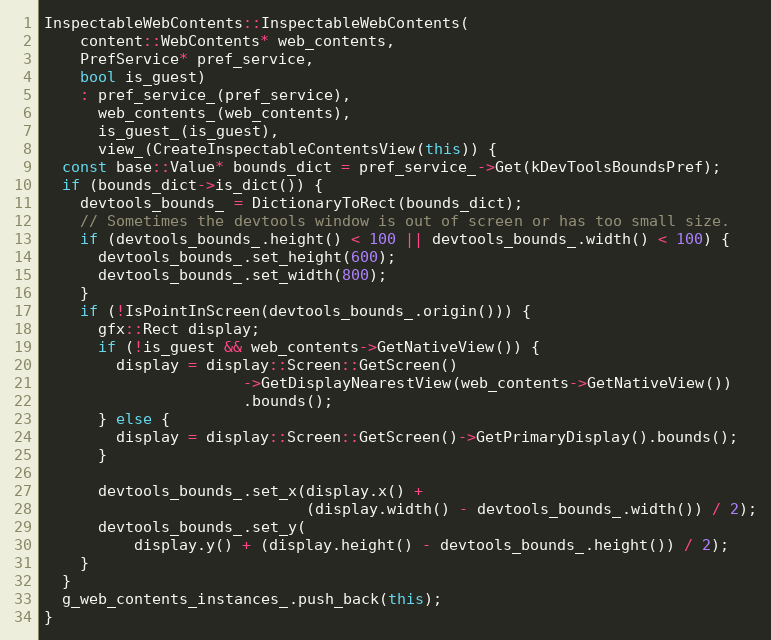
Language: C++
InspectableWebContents::InspectableWebContents(
    content::WebContents* web_contents,
    PrefService* pref_service,
    bool is_guest)
    : pref_service_(pref_service),
      web_contents_(web_contents),
      is_guest_(is_guest),
      view_(CreateInspectableContentsView(this)) {
  const base::Value* bounds_dict = pref_service_->Get(kDevToolsBoundsPref);
  if (bounds_dict->is_dict()) {
    devtools_bounds_ = DictionaryToRect(bounds_dict);
    // Sometimes the devtools window is out of screen or has too small size.
    if (devtools_bounds_.height() < 100 || devtools_bounds_.width() < 100) {
      devtools_bounds_.set_height(600);
      devtools_bounds_.set_width(800);
    }
    if (!IsPointInScreen(devtools_bounds_.origin())) {
      gfx::Rect display;
      if (!is_guest && web_contents->GetNativeView()) {
        display = display::Screen::GetScreen()
                      ->GetDisplayNearestView(web_contents->GetNativeView())
                      .bounds();
      } else {
        display = display::Screen::GetScreen()->GetPrimaryDisplay().bounds();
      }

      devtools_bounds_.set_x(display.x() +
                             (display.width() - devtools_bounds_.width()) / 2);
      devtools_bounds_.set_y(
          display.y() + (display.height() - devtools_bounds_.height()) / 2);
    }
  }
  g_web_contents_instances_.push_back(this);
}